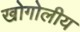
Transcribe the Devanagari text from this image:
खोगोलीय